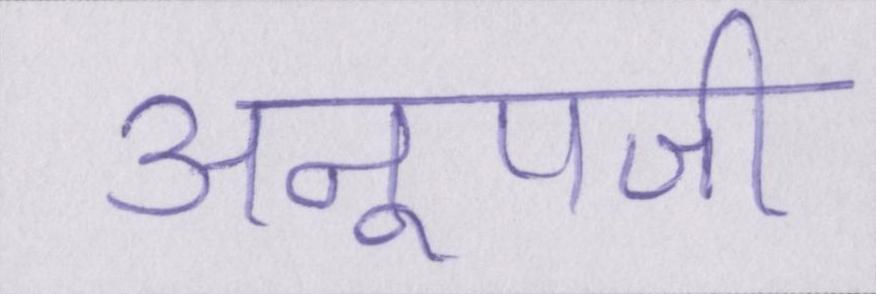
अनूपजी